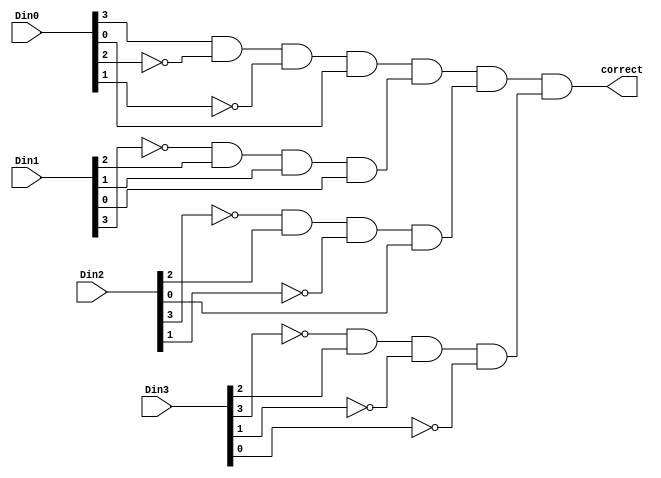
// Copyright (C) 2020  Intel Corporation. All rights reserved.
// Your use of Intel Corporation's design tools, logic functions 
// and other software and tools, and any partner logic 
// functions, and any output files from any of the foregoing 
// (including device programming or simulation files), and any 
// associated documentation or information are expressly subject 
// to the terms and conditions of the Intel Program License 
// Subscription Agreement, the Intel Quartus Prime License Agreement,
// the Intel FPGA IP License Agreement, or other applicable license
// agreement, including, without limitation, that your use is for
// the sole purpose of programming logic devices manufactured by
// Intel and sold by Intel or its authorized distributors.  Please
// refer to the applicable agreement for further details, at
// https://fpgasoftware.intel.com/eula.

// PROGRAM		"Quartus Prime"
// VERSION		"Version 20.1.1 Build 720 11/11/2020 SJ Lite Edition"
// CREATED		"Tue Nov 16 19:29:38 2021"

module is_correct(
	Din0,
	Din1,
	Din2,
	Din3,
	correct
);


input wire	[3:0] Din0;
input wire	[3:0] Din1;
input wire	[3:0] Din2;
input wire	[3:0] Din3;
output wire	correct;

wire	SYNTHESIZED_WIRE_0;
wire	SYNTHESIZED_WIRE_1;
wire	SYNTHESIZED_WIRE_2;
wire	SYNTHESIZED_WIRE_3;
wire	SYNTHESIZED_WIRE_4;
wire	SYNTHESIZED_WIRE_5;
wire	SYNTHESIZED_WIRE_6;
wire	SYNTHESIZED_WIRE_7;
wire	SYNTHESIZED_WIRE_8;
wire	SYNTHESIZED_WIRE_9;
wire	SYNTHESIZED_WIRE_10;
wire	SYNTHESIZED_WIRE_11;




assign	SYNTHESIZED_WIRE_1 =  ~Din0[2];

assign	SYNTHESIZED_WIRE_2 =  ~Din0[1];

assign	SYNTHESIZED_WIRE_4 = SYNTHESIZED_WIRE_0 & Din1[2] & Din1[1] & Din1[0];

assign	SYNTHESIZED_WIRE_3 = Din0[3] & SYNTHESIZED_WIRE_1 & SYNTHESIZED_WIRE_2 & Din0[0];

assign	correct = SYNTHESIZED_WIRE_3 & SYNTHESIZED_WIRE_4 & SYNTHESIZED_WIRE_5 & SYNTHESIZED_WIRE_6;

assign	SYNTHESIZED_WIRE_0 =  ~Din1[3];

assign	SYNTHESIZED_WIRE_10 =  ~Din2[3];

assign	SYNTHESIZED_WIRE_11 =  ~Din2[1];

assign	SYNTHESIZED_WIRE_7 =  ~Din3[3];

assign	SYNTHESIZED_WIRE_8 =  ~Din3[1];

assign	SYNTHESIZED_WIRE_9 =  ~Din3[0];

assign	SYNTHESIZED_WIRE_6 = SYNTHESIZED_WIRE_7 & Din3[2] & SYNTHESIZED_WIRE_8 & SYNTHESIZED_WIRE_9;

assign	SYNTHESIZED_WIRE_5 = SYNTHESIZED_WIRE_10 & Din2[2] & SYNTHESIZED_WIRE_11 & Din2[0];


endmodule